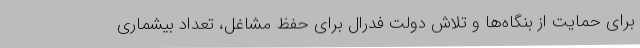
برای حمایت از بنگاه‌ها و تلاش دولت فدرال برای حفظ مشاغل، تعداد بیشماری